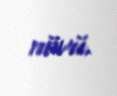
növü.